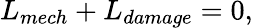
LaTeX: L_{mech}+L_{damage}=0,